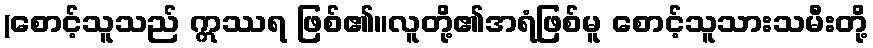
(စောင့်သူသည် ဣဿရ ဖြစ်၏။လူတို့၏အရံဖြစ်မူ စောင့်သူသားသမီးတို့